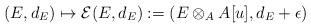
LaTeX: \begin{align*}(E,d_E)\mapsto \mathcal{E}(E, d_E):=(E\otimes_A A[u], d_E+ \epsilon)\end{align*}